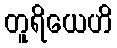
တူရိယေဟိ